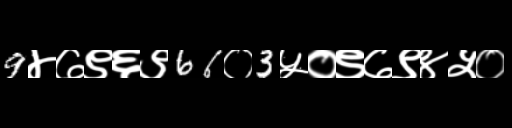
Text: 9४७९६९66०3५०९७९४५०